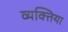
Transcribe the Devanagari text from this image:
व्यक्तिया